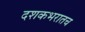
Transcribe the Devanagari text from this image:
दशकभरातच